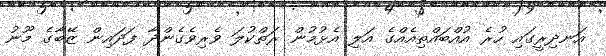
އަނދިރީގައި ހުރެ އުއްބައްތިއެއްގެ އަލި އެޅުމުން ރަތްކުލަ ވެރިވެގެންދާ ފަދައިން ޒޭބާގެ މޫނު